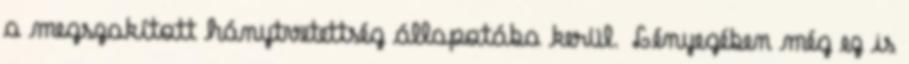
a megszakított hánytvetettség állapotába kerül. Lényegében még ez is